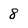
Character: 8